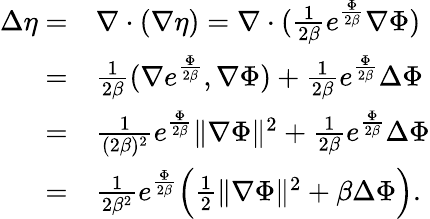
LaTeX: \begin{array}{rl}{\Delta\eta=}&{\nabla\cdot(\nabla\eta)=\nabla\cdot(\frac{1}{2\beta}e^{\frac{\Phi}{2\beta}}\nabla\Phi)}\\ {=}&{\frac{1}{2\beta}(\nabla e^{\frac{\Phi}{2\beta}},\nabla\Phi)+\frac{1}{2\beta}e^{\frac{\Phi}{2\beta}}\Delta\Phi}\\ {=}&{\frac{1}{(2\beta)^{2}}e^{\frac{\Phi}{2\beta}}\| \nabla\Phi\| ^{2}+\frac{1}{2\beta}e^{\frac{\Phi}{2\beta}}\Delta\Phi}\\ {=}&{\frac{1}{2\beta^{2}}e^{\frac{\Phi}{2\beta}}\Big(\frac{1}{2}\| \nabla\Phi\| ^{2}+\beta\Delta\Phi\Big).}\end{array}